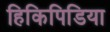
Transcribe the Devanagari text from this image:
हिकिपिडिया